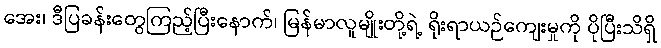
အေး၊ ဒီပြခန်းတွေကြည့်ပြီးနောက်၊ မြန်မာလူမျိုးတို့ရဲ့ ရိုးရာယဉ်ကျေးမှုကို ပိုပြီးသိရှိ